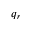
q _ { r }